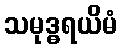
သမုဒ္ဓရယိမံ